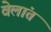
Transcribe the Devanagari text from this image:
वेलांत